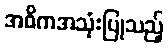
အဓိကအသုံးပြုသည့်